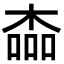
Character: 楍